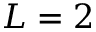
L = 2